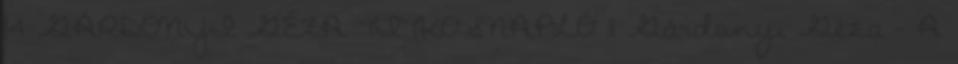
14 GÁRDONYI GÉZA TITKOSNAPLÓ 11 Gárdonyi Géza – A